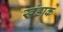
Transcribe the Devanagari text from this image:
खंडाक